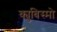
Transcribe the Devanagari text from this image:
क्युबिस्मो